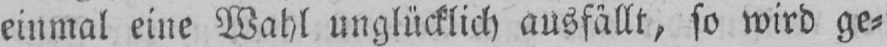
einmal eine Wahl unglücklich ausfällt, so wird ge⸗